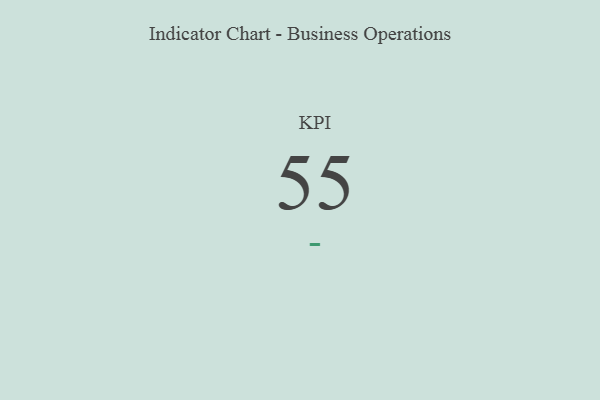
{"axis": {"x": "KPI", "y": "Value"}, "legend": [""], "data": [{"x": "KPI", "y": 55, "type": ""}]}